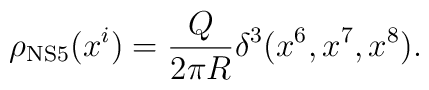
\rho_{\rm NS5}(x^i)=\frac{Q}{2\pi R}\delta^3(x^6,x^7,x^8).